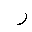
Letter: _ra